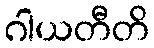
ဂါယတီတိ